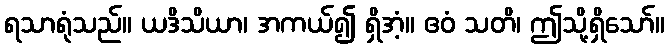
ရသာရုံသည်။ ယဒိသိယာ၊ အကယ်၍ ရှိအံ့။ ဧဝံ သတိ၊ ဤသို့ရှိသော်။